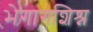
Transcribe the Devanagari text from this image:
भेगागशिश्न